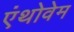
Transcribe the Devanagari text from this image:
एंथोवेम